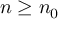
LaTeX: n \geq n _ { 0 }